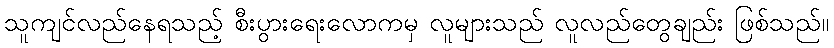
သူကျင်လည်နေရသည့် စီးပွားရေးလောကမှ လူများသည် လူလည်တွေချည်း ဖြစ်သည်။